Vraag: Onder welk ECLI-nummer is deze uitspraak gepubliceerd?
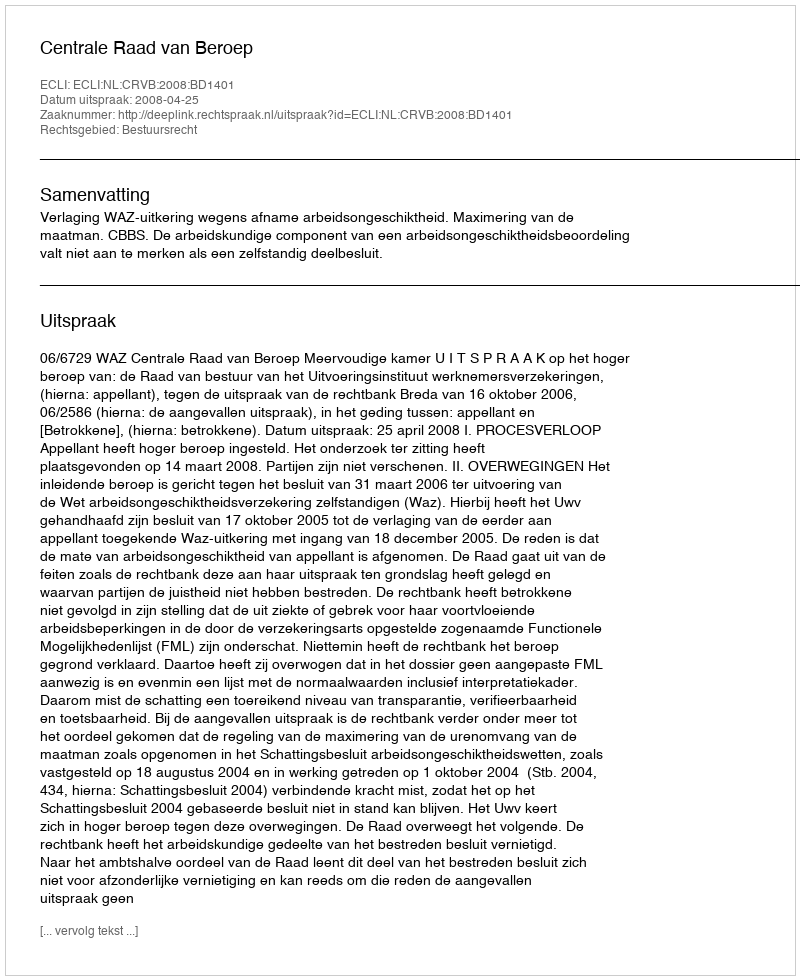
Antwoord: ECLI:NL:CRVB:2008:BD1401